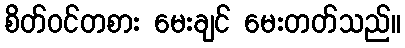
စိတ်ဝင်တစား မေးချင် မေးတတ်သည်။